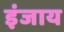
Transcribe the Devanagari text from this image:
इंजाय